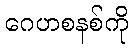
ဂေဟစနစ်ကို